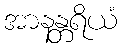
အာနန္တရိယံ